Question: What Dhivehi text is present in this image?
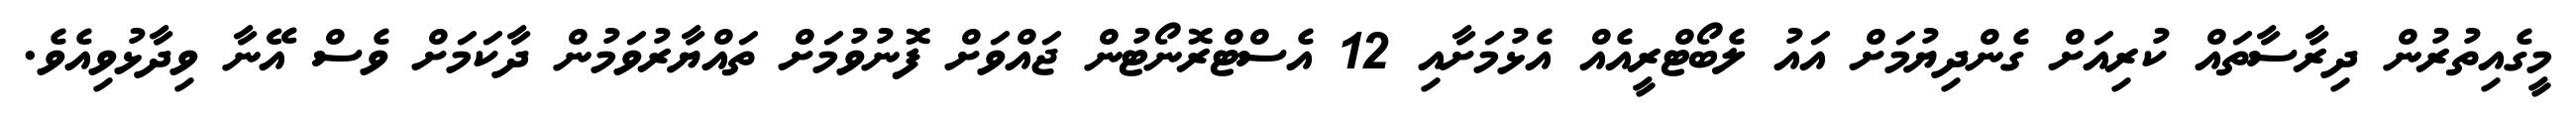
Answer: މީގެއިތުރުން ދިރާސާތައް ކުރިއަށް ގެންދިޔުމަށް އައު ލެބޯޓްރީއެއް އެޅުމަށާއި 12 އެސްޓްރޮނޯޓުން ޖައްވަށް ފޮނުވުމަށް ތައްޔާރުވަމުން ދާކަމަށް ވެސް އޭނާ ވިދާޅުވިއެވެ.